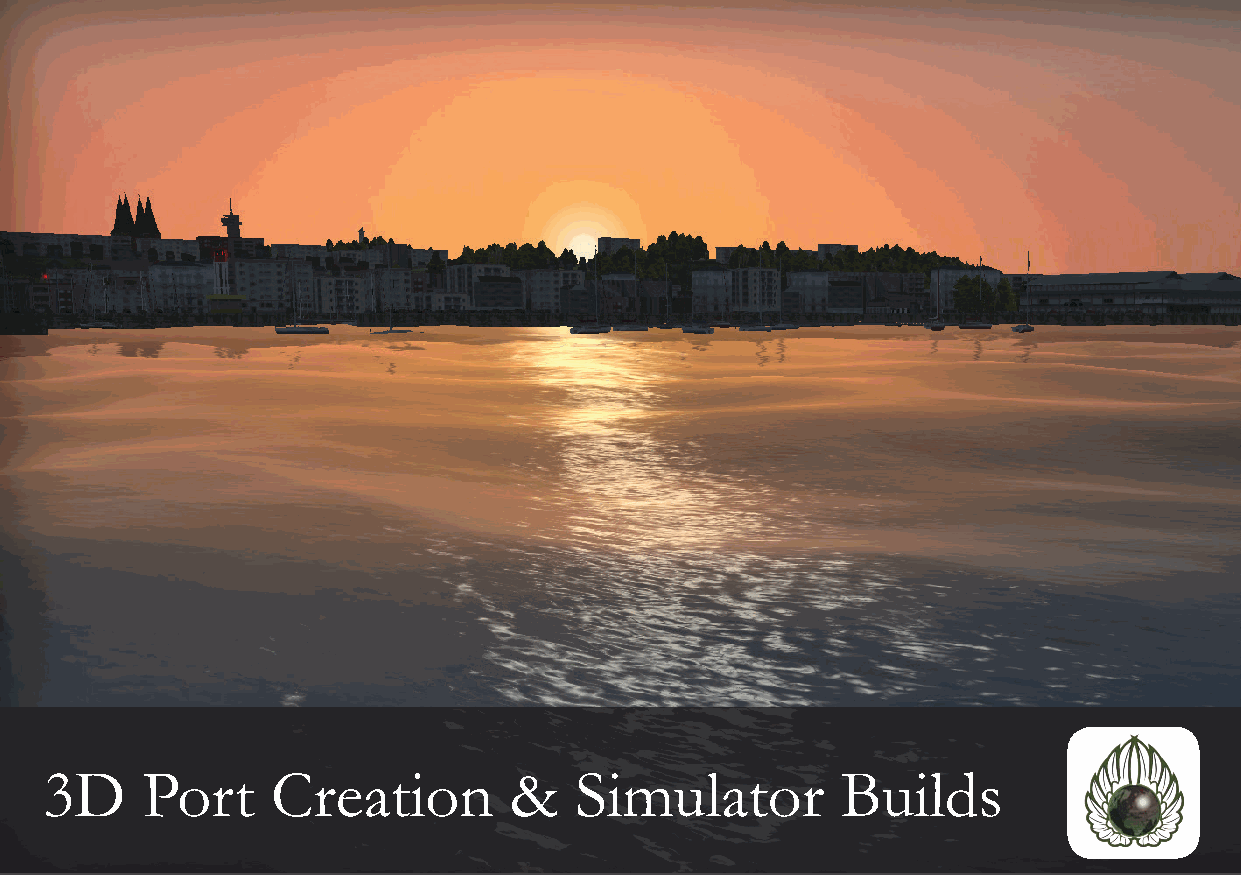
3D    Port     Creation        &   Simulator         Builds